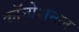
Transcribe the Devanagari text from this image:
कॉन्ग्रेशनल